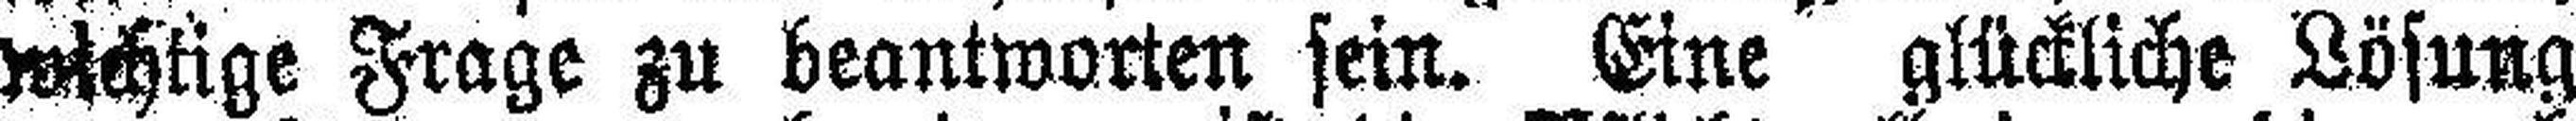
wichtige Frage zu beantworten sein. Eine glückliche Lösung